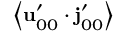
\left\langle \mathbf { u } _ { 0 0 } ^ { \prime } \cdot \mathbf { j } _ { 0 0 } ^ { \prime } \right\rangle